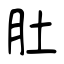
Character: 肚